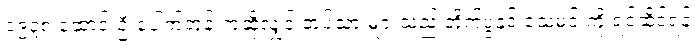
၁၉၃၈ ဆောင်းဦးပေါက်တုန်းကဆိုလျှင် တပ်သားများသည် တိုက်ပွဲနှင့် သေမင်းကို ရင်ဆိုင်ရန်